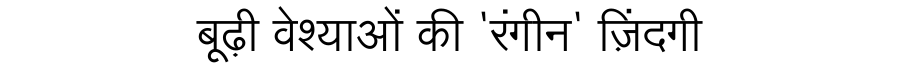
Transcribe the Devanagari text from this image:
बूढ़ी वेश्याओं की 'रंगीन' ज़िंदगी